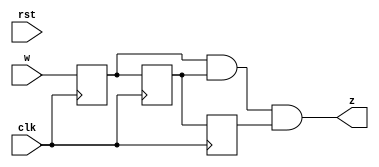
`timescale 1ns / 1ps

module btn_deb(input w, clk, rst, output z);
    reg D1,D2,D3;
    always @(posedge clk) begin
        D1 <= w;
        D2 <= D1;
        D3 <= D2;
    end
    assign z = (D1 && D2 && D3);
endmodule